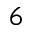
6